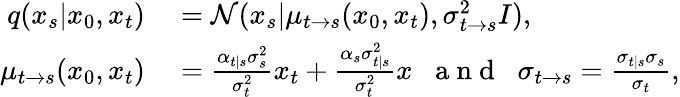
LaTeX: \begin{array}{rl}{q(x_{s}|x_{0},x_{t})}&{{}=\mathcal{N}(x_{s}|\mu_{t\rightarrow s}(x_{0},x_{t}),\sigma_{t\rightarrow s}^{2}I),}\\ {\mu_{t\rightarrow s}(x_{0},x_{t})}&{{}=\frac{\alpha_{t|s}\sigma_{s}^{2}}{\sigma_{t}^{2}}x_{t}+\frac{\alpha_{s}\sigma_{t|s}^{2}}{\sigma_{t}^{2}}x\; \; \mathrm{~a~n~d~}\; \; \sigma_{t\rightarrow s}=\frac{\sigma_{t|s}\sigma_{s}}{\sigma_{t}},}\end{array}